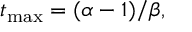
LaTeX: t _ { \mathrm { m a x } } = ( \alpha - 1 ) / \beta ,